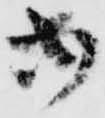
御